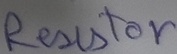
Text: Resistor